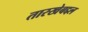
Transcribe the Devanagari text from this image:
तारखेबद्दल